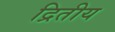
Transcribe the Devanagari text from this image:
द्रितीय